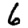
Digit: 6